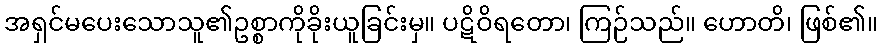
အရှင်မပေးသောသူ၏ဥစ္စာကိုခိုးယူခြင်းမှ။ ပဋိဝိရတော၊ ကြဉ်သည်။ ဟောတိ၊ ဖြစ်၏။